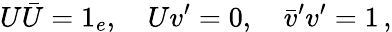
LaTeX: U\bar{U}=1_{e},\quad Uv^{\prime}=0,\quad\bar{v}^{\prime}v^{\prime}=1\, ,